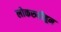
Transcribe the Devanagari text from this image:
लोकरुढीहून